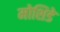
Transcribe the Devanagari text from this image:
मोशिडे